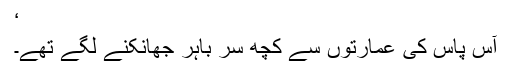
‘
آس پاس کی عمارتوں سے کچھ سر باہر جھانکنے لگے تھے۔